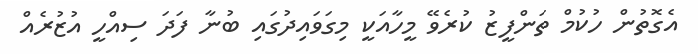
އެގޮތުން ހުކުމް ތަންފީޒު ކުރެވޭ މީހާއަކީ މިގަވައިދުގައި ބުނާ ފަދަ ސިއްހީ އުޒުރެއް